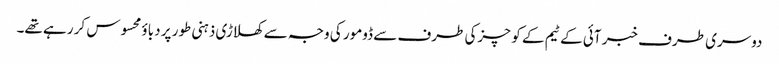
دوسری طرف خبر آئی کے ٹیم کے کوچزکی طرف سے ڈومور کی وجہ سے کھلاڑی ذہنی طور پر دباؤ محسوس کر رہے تھے۔